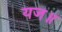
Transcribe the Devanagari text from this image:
यज॥